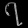
Digit: ၇